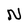
Character: N